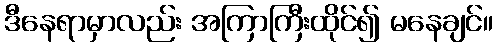
ဒီနေရာမှာလည်း အကြာကြီးထိုင်၍ မနေချင်။